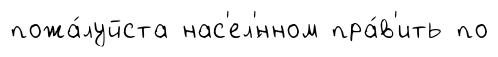
пожа́луйста нас'ел'́нном пра́в'ить по